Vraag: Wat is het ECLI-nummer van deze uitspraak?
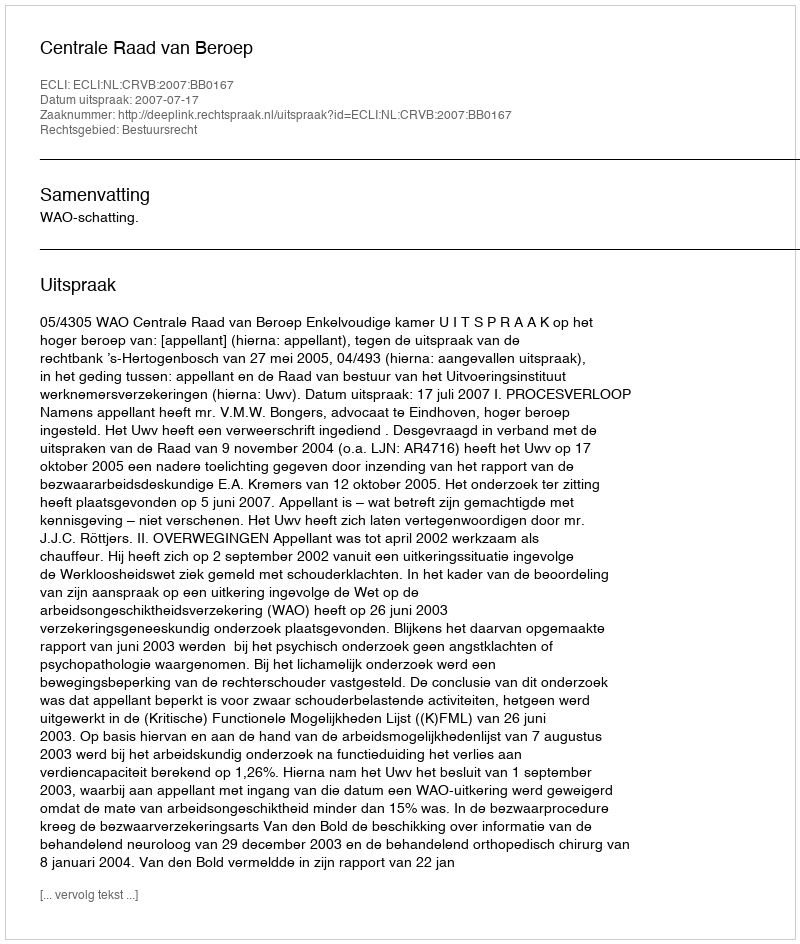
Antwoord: ECLI:NL:CRVB:2007:BB0167